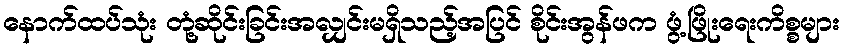
နောက်ထပ်သုံး တုံ့ဆိုင်းခြင်းအလျှင်းမရှိသည့်အပြင် စိုင်းအွန်ဖက ဖွံ့ဖြိုးရေးကိစ္စများ